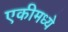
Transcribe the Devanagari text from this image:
एकीमध्ये